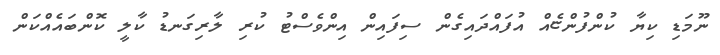
ނޫމަޑި ކިޔާ ކުންފުންޏެއް އުފައްދައިގެން ސިފައިން އިންވެސްޓު ކުރި ލާރިގަނޑު ކާލީ ކޮންބައެއްކަން